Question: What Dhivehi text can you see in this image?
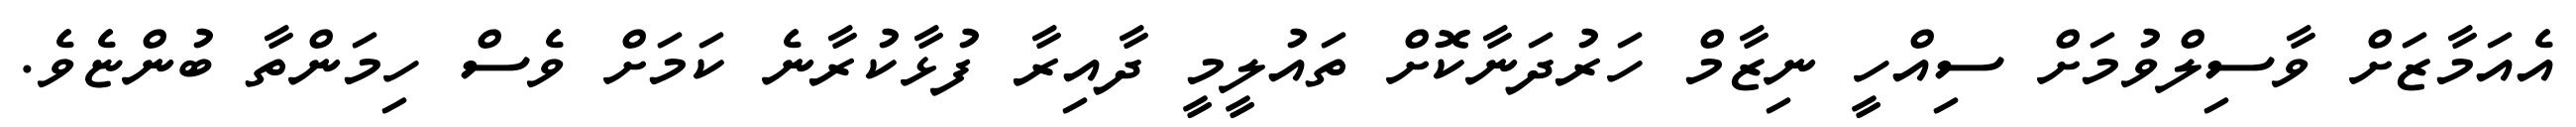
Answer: އެއަމާޒަށް ވާސިލްވުމަށް ސިއްހީ ނިޒާމް ހަރުދަނާކޮށް ތައުލީމީ ދާއިރާ ފުޅާކުރާނެ ކަމަށް ވެސް ހިމަންތާ ބުންޏެވެ.